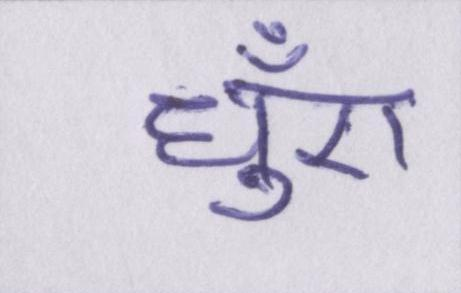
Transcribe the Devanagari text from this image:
धुँए